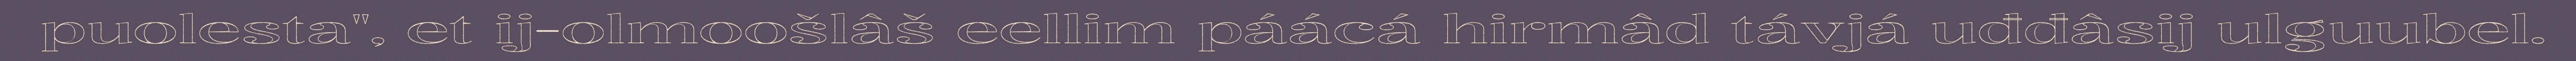
puolesta", et ij-olmoošlâš eellim páácá hirmâd távjá uđđâsij ulguubel.